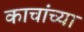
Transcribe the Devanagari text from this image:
काचांच्या